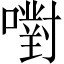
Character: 嚉